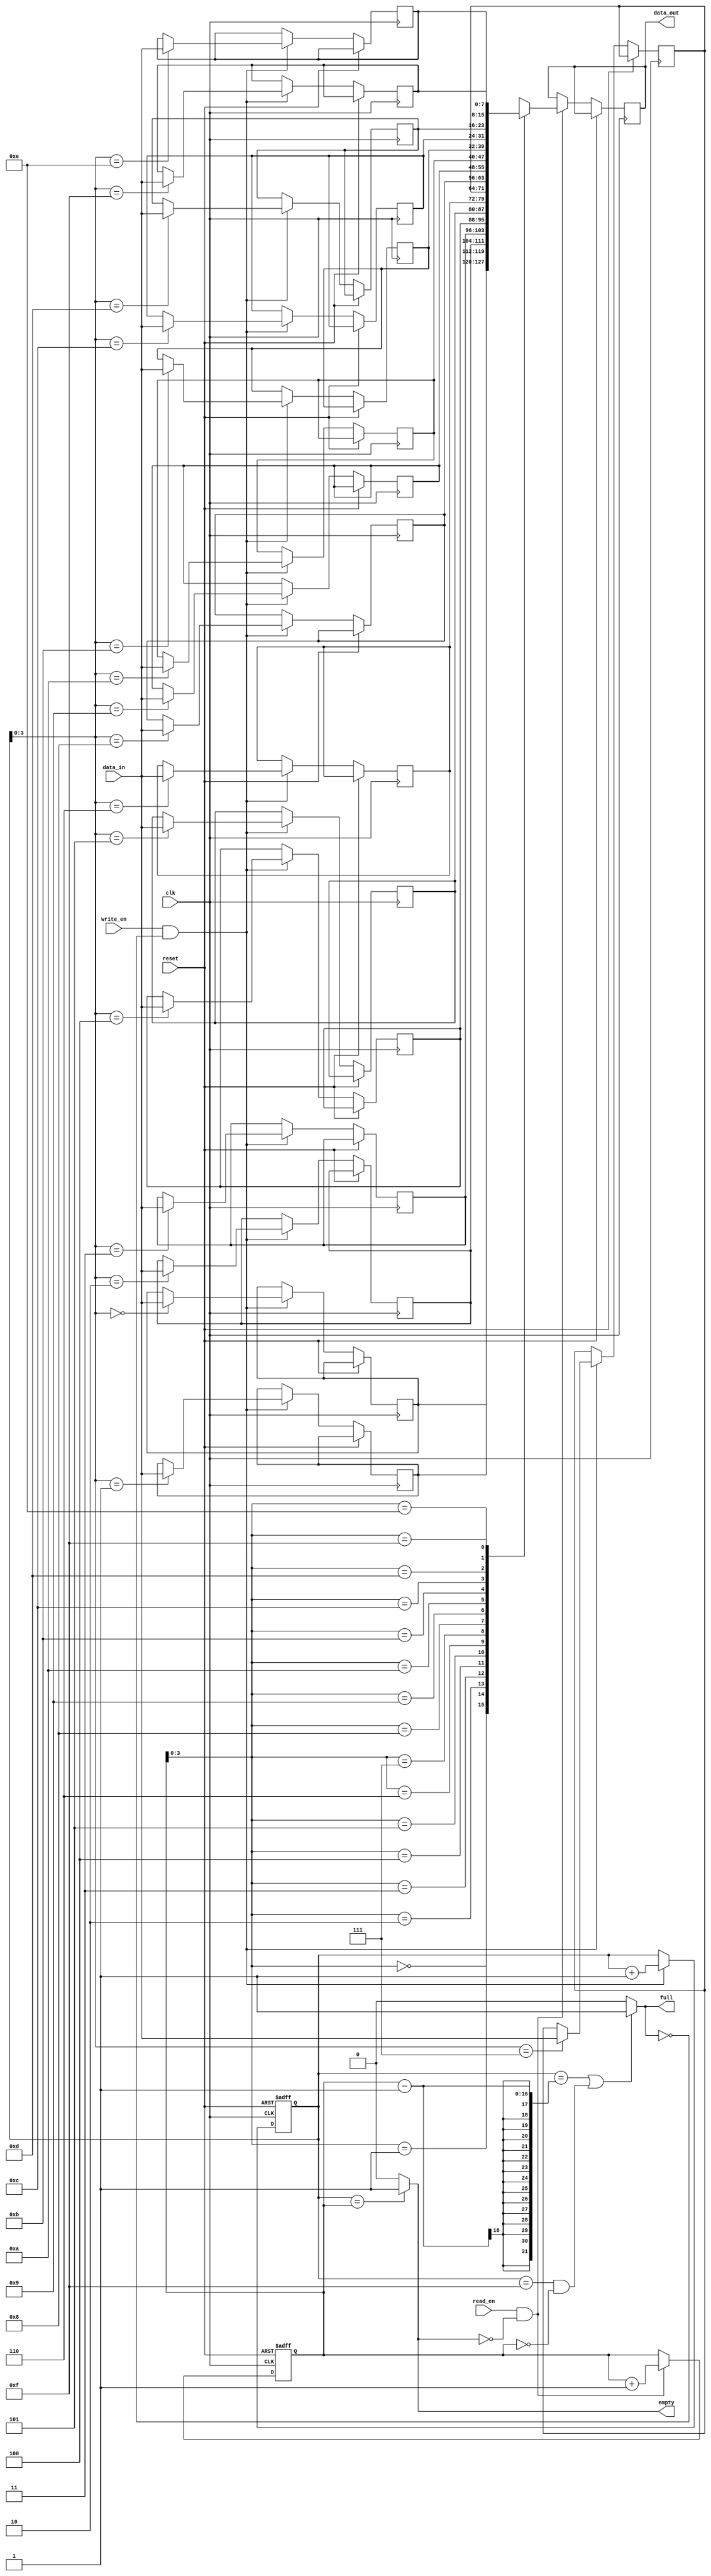
module bidirectional_fifo #(
  parameter DATA_WIDTH = 8,
  parameter DEPTH = 16
) (
  input wire clk,
  input wire reset,
  input wire read_en,
  input wire write_en,
  input wire [DATA_WIDTH-1:0] data_in,
  output reg [DATA_WIDTH-1:0] data_out,
  output wire full,
  output wire empty
);

reg [DATA_WIDTH-1:0] fifo [DEPTH-1:0];
reg [DEPTH-1:0] read_ptr;
reg [DEPTH-1:0] write_ptr;

assign full = ((write_ptr == read_ptr - 1) || (write_ptr == DEPTH-1 && read_ptr == 0)) ? 1'b1 : 1'b0;
assign empty = (write_ptr == read_ptr) ? 1'b1 : 1'b0;

always @(posedge clk or posedge reset) begin
  if (reset) begin
    read_ptr <= 0;
    write_ptr <= 0;
  end else begin
    if (read_en && !empty) begin
      data_out <= fifo[read_ptr];
      read_ptr <= read_ptr + 1;
    end
    if (write_en && !full) begin
      fifo[write_ptr] <= data_in;
      write_ptr <= write_ptr + 1;
    end
  end
end

endmodule